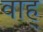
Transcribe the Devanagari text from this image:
वाह्‌